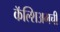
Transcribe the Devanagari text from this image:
कॅल्शिअमची